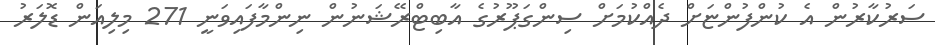
ސަރުކާރުން އެ ކުންފުންޏަށް ދެއްކުމަށް ސިންގަޕޫރުގެ އާބިޓްރޭޝަނުން ނިންމާފައިވަނީ 271 މިލިއަން ޑޮލަރު